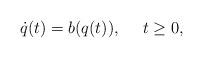
LaTeX: \begin{align*}\dot{q}(t)=b(q(t)),\ \ \ \ t\geq 0,\end{align*}